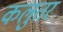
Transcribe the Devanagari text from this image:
कलुतर